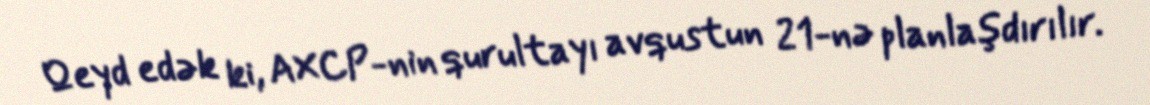
Qeyd edək ki, AXCP-nin qurultayı avqustun 21-nə planlaşdırılır.